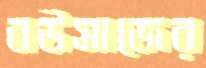
বউসাজের